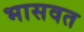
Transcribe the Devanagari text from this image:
भासवत